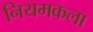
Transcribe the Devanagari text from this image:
नियमकला